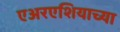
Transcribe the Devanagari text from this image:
एअरएशियाच्या